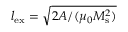
l _ { \mathrm { e x } } = \sqrt { 2 A / ( \mu _ { 0 } M _ { \mathrm { s } } ^ { 2 } ) }